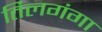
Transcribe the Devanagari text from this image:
तिलगंगा